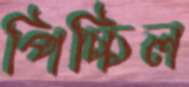
পিচ্চিল